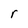
Character: r